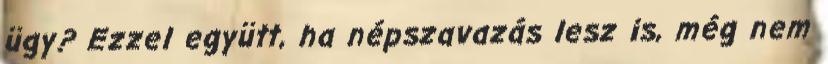
ügy? Ezzel együtt, ha népszavazás lesz is, még nem